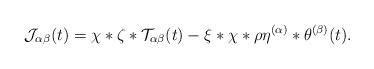
LaTeX: \begin{align*}\mathcal{J}_{\alpha\beta}(t)=\chi*\zeta*\mathcal{T}_{\alpha\beta}(t)-\xi*\chi*\rho\eta^{(\alpha)}*\theta^{(\beta)}(t).\end{align*}